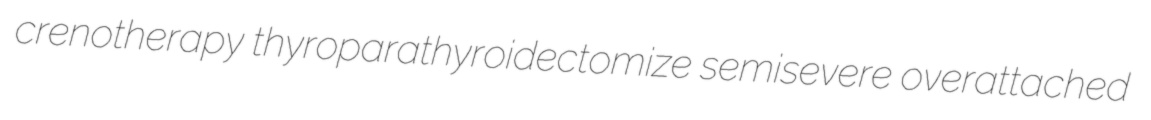
crenotherapy thyroparathyroidectomize semisevere overattached